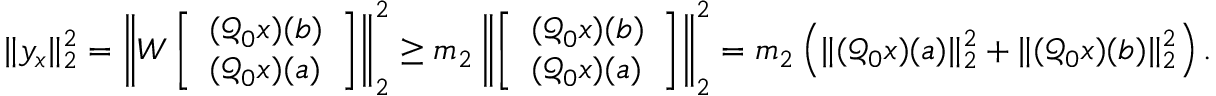
\begin{array} { r } { \| y _ { x } \| _ { 2 } ^ { 2 } = \left\| W \left[ \begin{array} { l } { ( \mathcal { Q } _ { 0 } x ) ( b ) } \\ { ( \mathcal { Q } _ { 0 } x ) ( a ) } \end{array} \right] \right\| _ { 2 } ^ { 2 } \geq m _ { 2 } \left\| \left[ \begin{array} { l } { ( \mathcal { Q } _ { 0 } x ) ( b ) } \\ { ( \mathcal { Q } _ { 0 } x ) ( a ) } \end{array} \right] \right\| _ { 2 } ^ { 2 } = m _ { 2 } \left( \| ( \mathcal { Q } _ { 0 } x ) ( a ) \| _ { 2 } ^ { 2 } + \| ( \mathcal { Q } _ { 0 } x ) ( b ) \| _ { 2 } ^ { 2 } \right) . } \end{array}